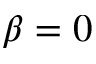
\beta = 0